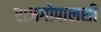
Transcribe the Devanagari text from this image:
राजगोपालशी